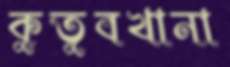
কুতুবখানা